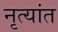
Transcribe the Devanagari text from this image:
नृत्यांत